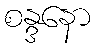
စန္ဒနော